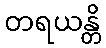
တရယန္တိ